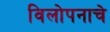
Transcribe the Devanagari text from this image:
विलोपनाचे